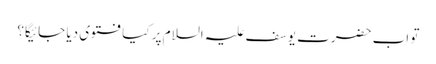
تو اب حضرت یوسف علیہ السلام پر کیا فتوی دیا جائیگا؟